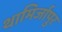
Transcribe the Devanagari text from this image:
थामिर्जापुर